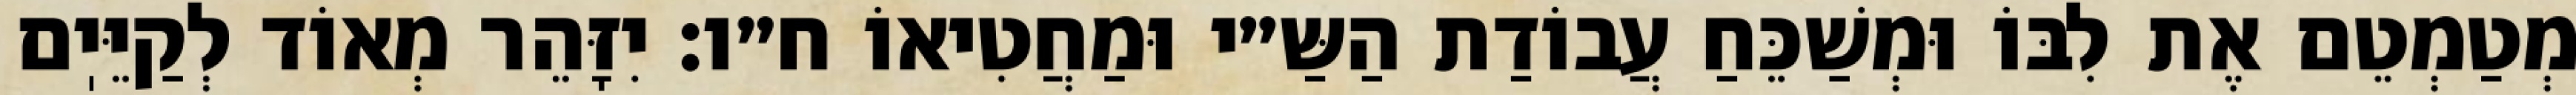
מְטַמְטֵם אֶת לִבּוֹ וּמְשַׁכֵּחַ עֲבוֹדַת הַשַּ״י וּמַחֲטִיאוֹ ח״ו: יִזָּהֵר מְאוֹד לְקַיֵּיֽם